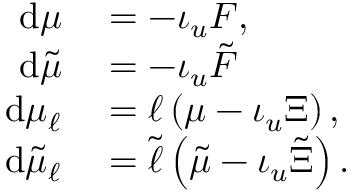
\begin{array} { r l } { \mathrm { d } \mu } & { { } = - \iota _ { u } F , } \\ { \mathrm { d } \tilde { \mu } } & { { } = - \iota _ { u } \tilde { F } } \\ { \mathrm { d } \mu _ { \ell } } & { { } = \ell \left( \mu - \iota _ { u } \Xi \right) , } \\ { \mathrm { d } \tilde { \mu } _ { \ell } } & { { } = \tilde { \ell } \left( \tilde { \mu } - \iota _ { u } \tilde { \Xi } \right) . } \end{array}